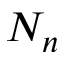
N _ { n }